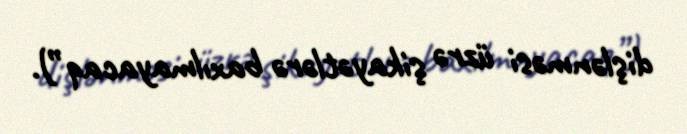
dişlənməsi üzrə şikayətlərə baxılmayacaq”).